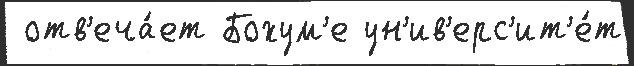
 отв'еча́ет Бохум'е ун'ив'ерс'ит'е́т